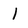
Character: I